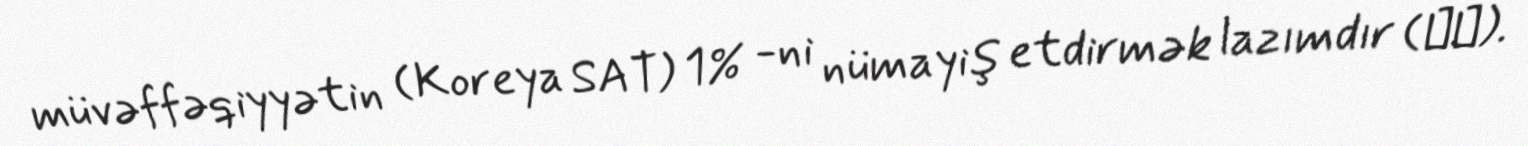
müvəffəqiyyətin (Koreya SAT) 1% -ni nümayiş etdirmək lazımdır (정시).